Punjab Mental Hospital Lahore 1932-46 - 1932-1946
Year: 1932
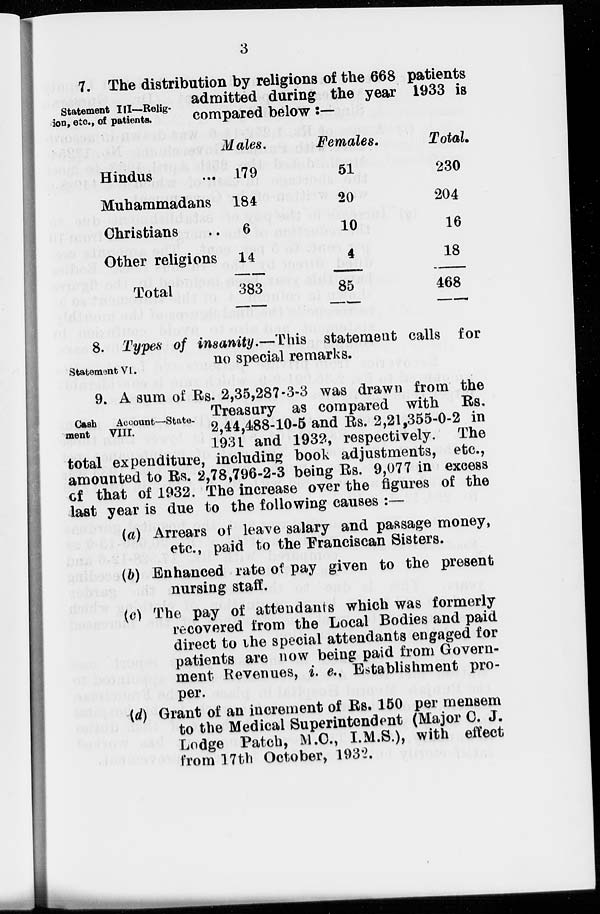
3
Statement III—Relig-
ion, etc., of patients.
7. The distribution by religions of the 668 patients
admitted during the year 1933 is
compared below :—
Hindus ...
Muhammadans
Christians ..
Other religions
Total
Males.
179
184
6
14
383
Females.
51
20
10
4
85
Total.
230
204
16
18
468
Statement VI.
8. Types of insanity.—This statement calls for
no special remarks.
Cash
Account—State-
ment
VIII.
9. A sum of Rs. 2,35,287-3-3 was drawn from the
Treasury as compared with Rs.
2,44,488-10-5 and Rs. 2,21,355-0-2 in
1931 and 1932, respectively. The
total expenditure, including book adjustments, etc.,
amounted to Rs. 2,78,796-2-3 being Rs. 9,077 in excess
of that of 1932. The increase over the figures of the
last year is due to the following causes :—
(a) Arrears of leave salary and passage money,
etc., paid to the Franciscan Sisters.
(b) Enhanced rate of pay given to the present
nursing staff.
(c) The pay of attendants which was formerly
recovered from the Local Bodies and paid
direct to the special attendants engaged for
patients are now being paid from Govern-
ment Revenues, i.e., Establishment pro-
per.
(d) Grant of an increment of Rs. 150 per mensem
to the Medical Superintendent (Major C. J.
Lodge Patch, M.C., I.M.S.), with effect
from 17th October, 1932.